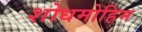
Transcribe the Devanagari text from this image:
शोधमोहिम